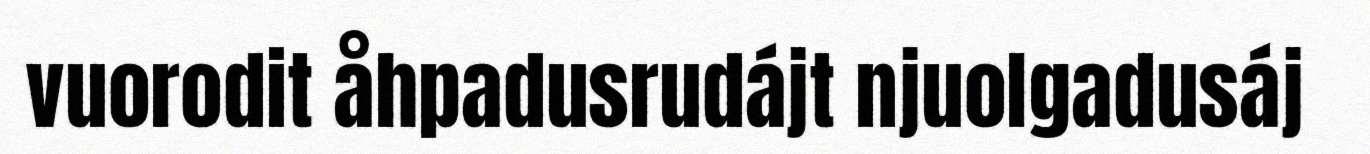
vuorodit åhpadusrudájt njuolgadusáj